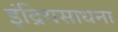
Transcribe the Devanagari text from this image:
इंद्रियसाधना